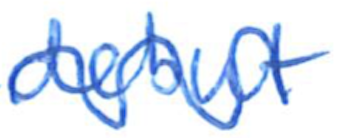
Text: debut
Cross-out: mix
Writing tool: ballpoint